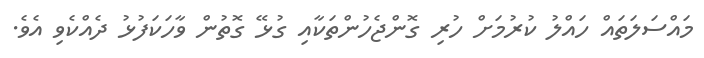
މައްސަލަތައް ހައްލު ކުރުމަށް ހުރި ގޮންޖެހުންތަކާއި ގުޅޭ ގޮތުން ވާހަކަފުޅު ދެއްކެވި އެވެ.